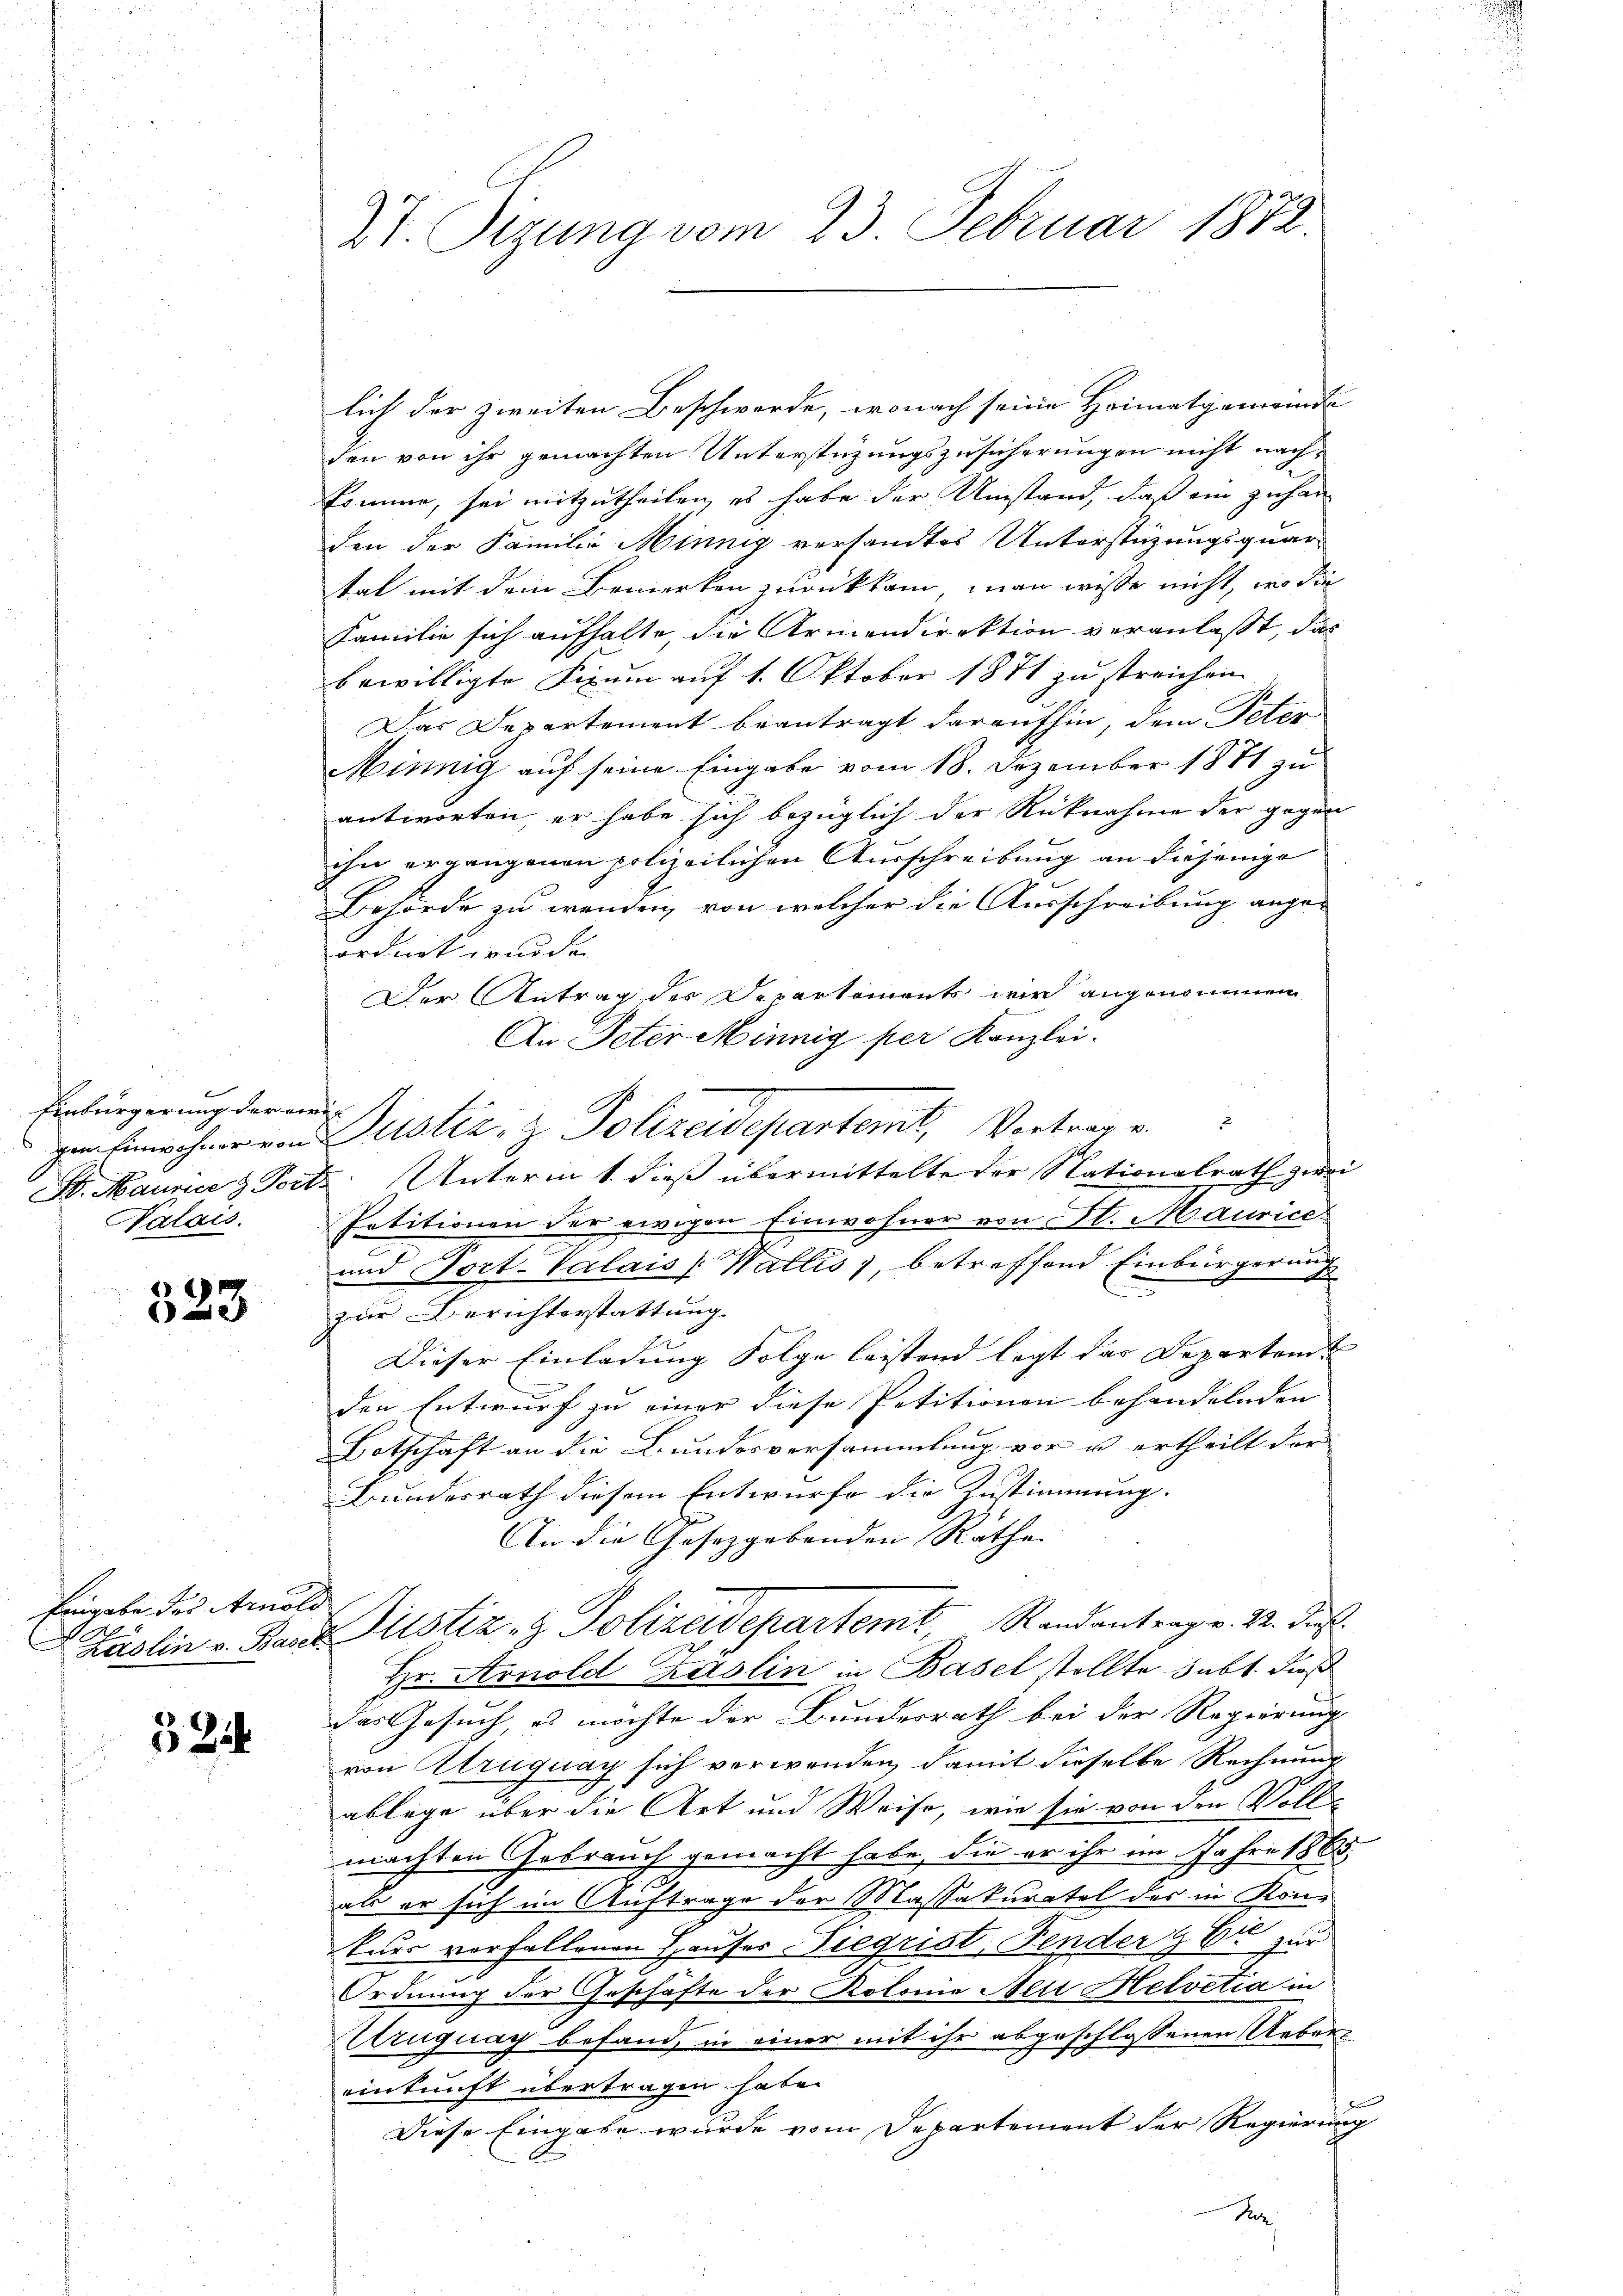
Ein
Einbürgerung der viri¬
Nalais.

323

feingabe der Arnold
t
Ladlin v. Baser.

§ 214

Vt. Tigung vom 23. Februar 1872.

lich der zweiten Beschwerde, wonach seine Heimatgemeinde
den von ihr gemachten Unterstüzungszusicherungen nicht nachkomme, sei mitzutheilen, es habe der Umstand, daß ein zuhan
den der Familie Minnig versandtes Unterstüzungsquar
tat mit dem Bemerken zurückkam, man wisse nicht, wo die
Familie sich aufhalte, die Armendirektion veranlasst, das
bewilligte Fixum auf 1. Oktober 1871 zu streichen.
Das Departement beantragt daraufhin, dem Peter
Minnig auf seine Eingabe vom 18. Dezember 1871 zu
antworten er habe sich bezüglich der Rücknahme der gegen
ihn ergangenen polizeilichen Ausschreibung an diejenige
Behörde zu wenden, von welcher die Ausschreibung ange-
ordnet wurde.
Der Antrag der Departements wir angenommen
An Peter Minnig per Kanzlei.
zur Einschmer von Justiz- & Polizeidepartemt, Vortrage
St. Manne & Porte: Unterm 1. dieß übermittelte der Nationalrath zwei
Petitionen der ewigen Einwohner von St. Maurice
3
ermig
und Toct-Valais Wallis), betreffend Einburg
2
zur Berichterstattung.
Dieser Einladung Folge leistend legt das Departen
den Entwurf zu einer diese Petitionen behandelnden |
Botschaft an die Bundesversammlung vor u. ertheilt der
Bundesrath diesem Entwurfe die Zustimmung.
An die Gesetzgebenden Rathe. |
Justiz- & Polizeidepartemt Randantrag v. M. das
Hr. Arnold Kaslin in Basel stellte subt dieß
Das Gesuch, es möchte der Bundesrath bei der Regierung
von Atruguay sich verwenden, damit dieselbe Rechnung
ablege über die Art und Weise, wie sie von den Vollmachten Gebrauch gemacht habe, die er ihr im Jahre 1865
als er sich im Auftrage der Massakuratel des in Konkurs vorfallenen Hauser Siegrist, Fender  Er zur
Ordnung der Geschäfte der Kolonia Nett Helvetia in
d
Uruguay befand, in einer mit ihr abgeschlossenen Uebereinkunft übertragen habe.
Diese Eingabe wurde vom Departement der Regierung
Pe